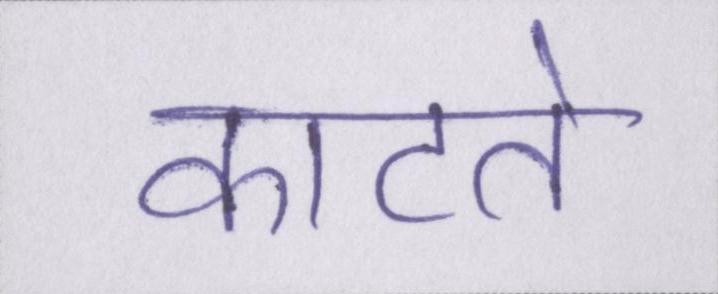
काटते